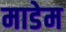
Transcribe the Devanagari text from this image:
माडेम